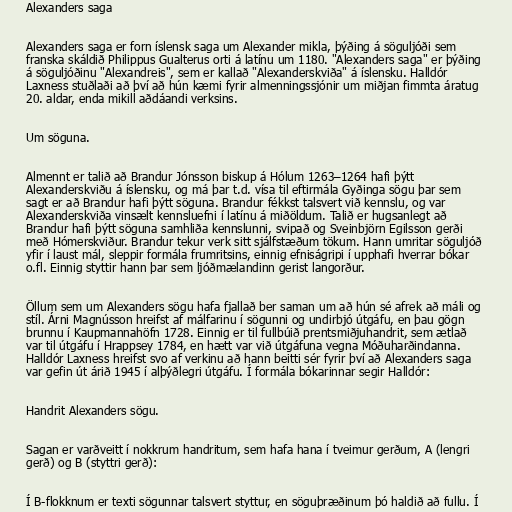
Alexanders saga

Alexanders saga er forn íslensk saga um Alexander mikla, þýðing á söguljóði sem
franska skáldið Philippus Gualterus orti á latínu um 1180. "Alexanders saga" er þýðing
á söguljóðinu "Alexandreis", sem er kallað "Alexanderskviða" á íslensku. Halldór
Laxness stuðlaði að því að hún kæmi fyrir almenningssjónir um miðjan fimmta áratug
20. aldar, enda mikill aðdáandi verksins.

Um söguna.

Almennt er talið að Brandur Jónsson biskup á Hólum 1263–1264 hafi þýtt
Alexanderskviðu á íslensku, og má þar t.d. vísa til eftirmála Gyðinga sögu þar sem
sagt er að Brandur hafi þýtt söguna. Brandur fékkst talsvert við kennslu, og var
Alexanderskviða vinsælt kennsluefni í latínu á miðöldum. Talið er hugsanlegt að
Brandur hafi þýtt söguna samhliða kennslunni, svipað og Sveinbjörn Egilsson gerði
með Hómerskviður. Brandur tekur verk sitt sjálfstæðum tökum. Hann umritar söguljóð
yfir í laust mál, sleppir formála frumritsins, einnig efniságripi í upphafi hverrar bókar
o.fl. Einnig styttir hann þar sem ljóðmælandinn gerist langorður.

Öllum sem um Alexanders sögu hafa fjallað ber saman um að hún sé afrek að máli og
stíl. Árni Magnússon hreifst af málfarinu í sögunni og undirbjó útgáfu, en þau gögn
brunnu í Kaupmannahöfn 1728. Einnig er til fullbúið prentsmiðjuhandrit, sem ætlað
var til útgáfu í Hrappsey 1784, en hætt var við útgáfuna vegna Móðuharðindanna.
Halldór Laxness hreifst svo af verkinu að hann beitti sér fyrir því að Alexanders saga
var gefin út árið 1945 í alþýðlegri útgáfu. Í formála bókarinnar segir Halldór:

Handrit Alexanders sögu.

Sagan er varðveitt í nokkrum handritum, sem hafa hana í tveimur gerðum, A (lengri
gerð) og B (styttri gerð):

Í B-flokknum er texti sögunnar talsvert styttur, en söguþræðinum þó haldið að fullu. Í